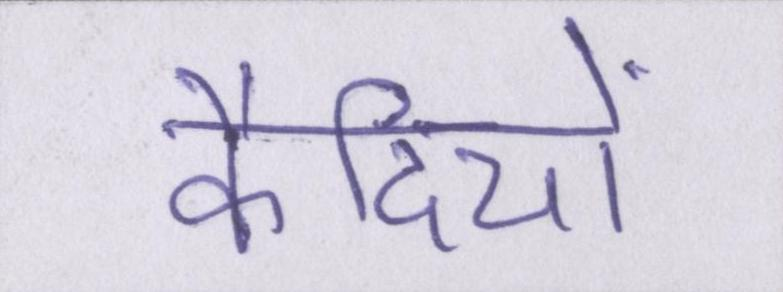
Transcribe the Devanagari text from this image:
कैदियों